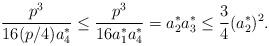
LaTeX: \begin{align*} \frac{p^{3}}{16 (p/4) a_{4}^{*}}\leq \frac{p^{3}}{16 a_{1}^{*} a_{4}^{*}} = a_{2}^{*} a_{3}^{*} \leq \frac{3}{4} (a_{2}^{*})^{2}.\end{align*}